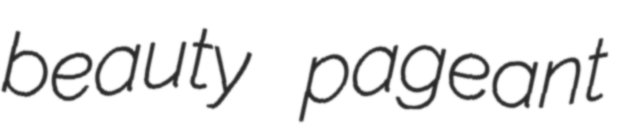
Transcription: beauty pageant